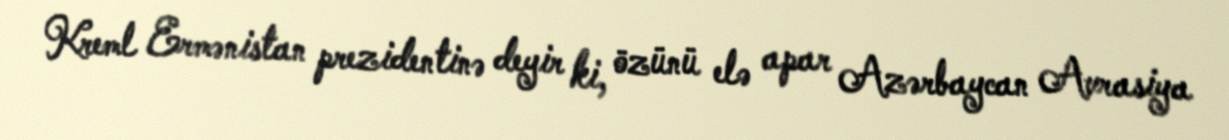
Kreml Ermənistan prezidentinə deyir ki, özünü elə apar Azərbaycan Avrasiya